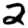
Digit: 2